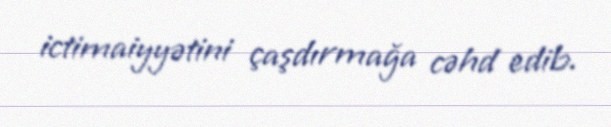
ictimaiyyətini çaşdırmağa cəhd edib.